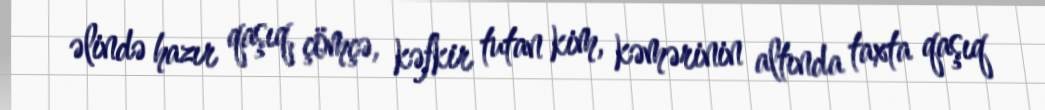
əlində hazır qaşıq, çömçə, kəfkir tutan kim, kəmərinin altında taxta qaşıq